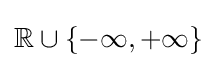
\mathbb {R} \cup \left\{-\infty ,+\infty \right\}